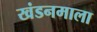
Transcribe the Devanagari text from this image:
खंडनमाला